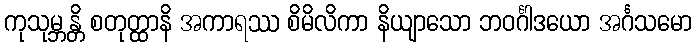
ကုသုမ္ဘန္တိ စတုတ္ထာနိ အကာရဿ စိမိလိကာ နိယျာသော ဘဝင်္ဂါဒယော အင်္ဂသမော